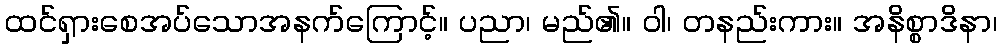
ထင်ရှားစေအပ်သောအနက်ကြောင့်။ ပညာ၊ မည်၏။ ဝါ၊ တနည်းကား။ အနိစ္စာဒိနာ၊